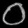
Digit: ၀